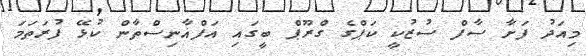
މިއަދު ފަށާ ސާފް ސުޒުކީ ކަޕްގެ ގްރޫޕް ބީގައި އަފްޣާނިސްތާން ކުޅޭ ފުރަތަމަ